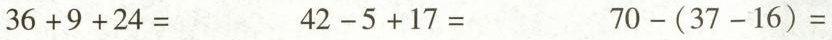
$$36+9+24=$$ $$42-5+17=$$ $$70-(37-16)=$$